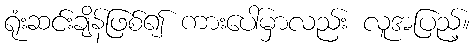
ရုံးဆင်းချိန်ဖြစ်၍ ကားပေါ်မှာလည်း လူအပြည့်။